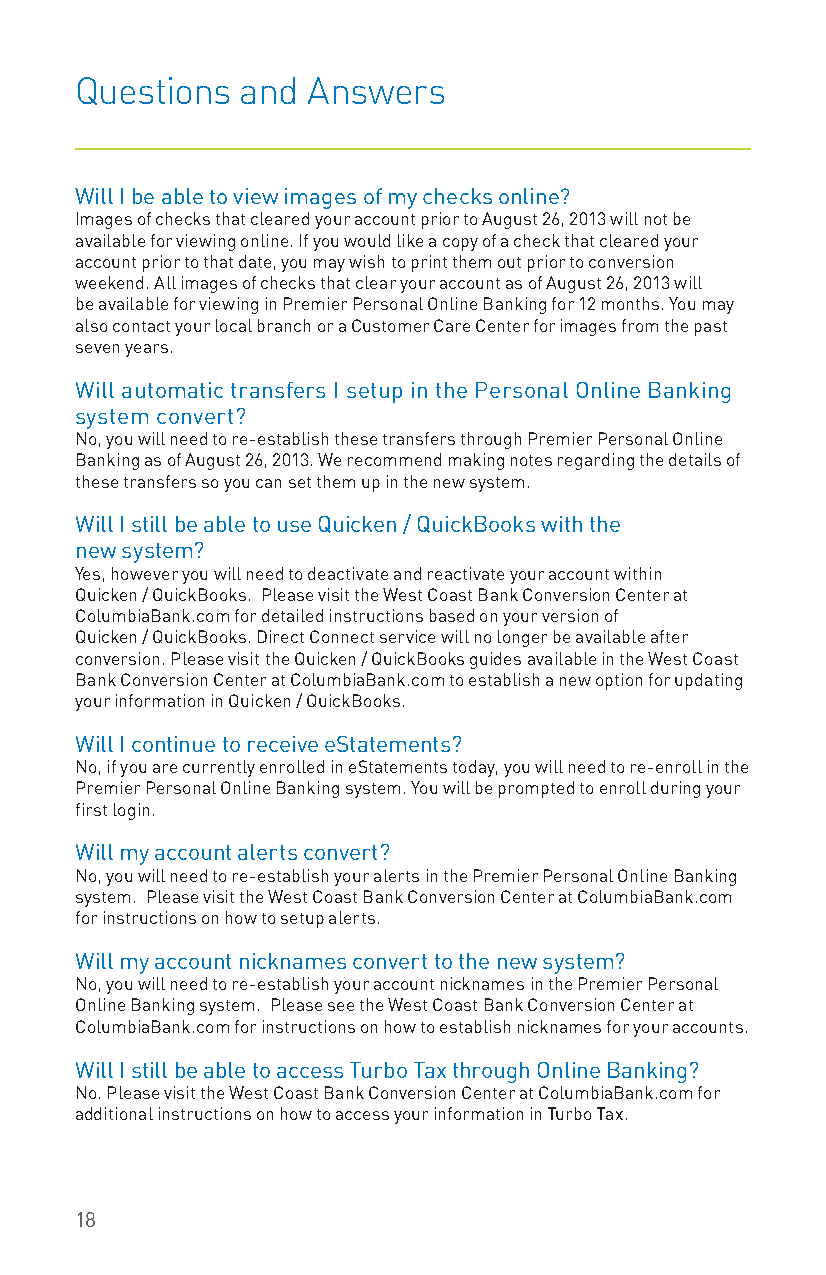
Questions  and Answers
 Will I be able to view images of my checks online?
 Images of checks that cleared your account prior to August 26, 2013 will not be
 available for viewing online. If you would like a copy of a check that cleared your
 account prior to that date, you may wish to print them out prior to conversion
 weekend. All images of checks that clear your account as of August 26, 2013 will
 be available for viewing in Premier Personal Online Banking for 12 months. You may
 also contact your local branch or a Customer Care Center for images from the past
 seven years.
 Will automatic transfers I setup in the Personal Online Banking
 system convert?
 No, you will need to re-establish these transfers through Premier Personal Online
 Banking as of August 26, 2013. We recommend making notes regarding the details of
 these transfers so you can set them up in the new system.
 Will I still be able to use Quicken / QuickBooks with the
 new system?
 Yes, however you will need to deactivate and reactivate your account within
 Quicken / QuickBooks. Please visit the West Coast Bank Conversion Center at
 ColumbiaBank.com for detailed instructions based on your version of
 Quicken / QuickBooks. Direct Connect service will no longer be available after
 conversion. Please visit the Quicken / QuickBooks guides available in the West Coast
 Bank Conversion Center at ColumbiaBank.com to establish a new option for updating
 your information in Quicken / QuickBooks.
 Will I continue to receive eStatements?
 No, if you are currently enrolled in eStatements today, you will need to re-enroll in the
 Premier Personal Online Banking system. You will be prompted to enroll during your
 first login.
 Will my account alerts convert?
 No, you will need to re-establish your alerts in the Premier Personal Online Banking
 system. Please visit the West Coast Bank Conversion Center at ColumbiaBank.com
 for instructions on how to setup alerts.
 Will my account nicknames convert to the new system?
 No, you will need to re-establish your account nicknames in the Premier Personal
 Online Banking system. Please see the West Coast Bank Conversion Center at
 ColumbiaBank.com for instructions on how to establish nicknames for your accounts.
 Will I still be able to access Turbo Tax through Online Banking?
 No. Please visit the West Coast Bank Conversion Center at ColumbiaBank.com for
 additional instructions on how to access your information in Turbo Tax.
 18